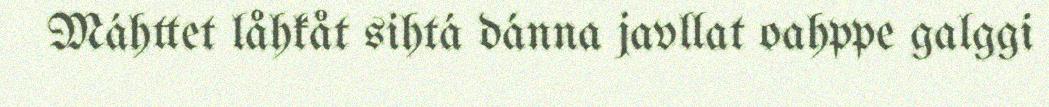
Máhttet låhkåt sihtá dánna javllat oahppe galggi